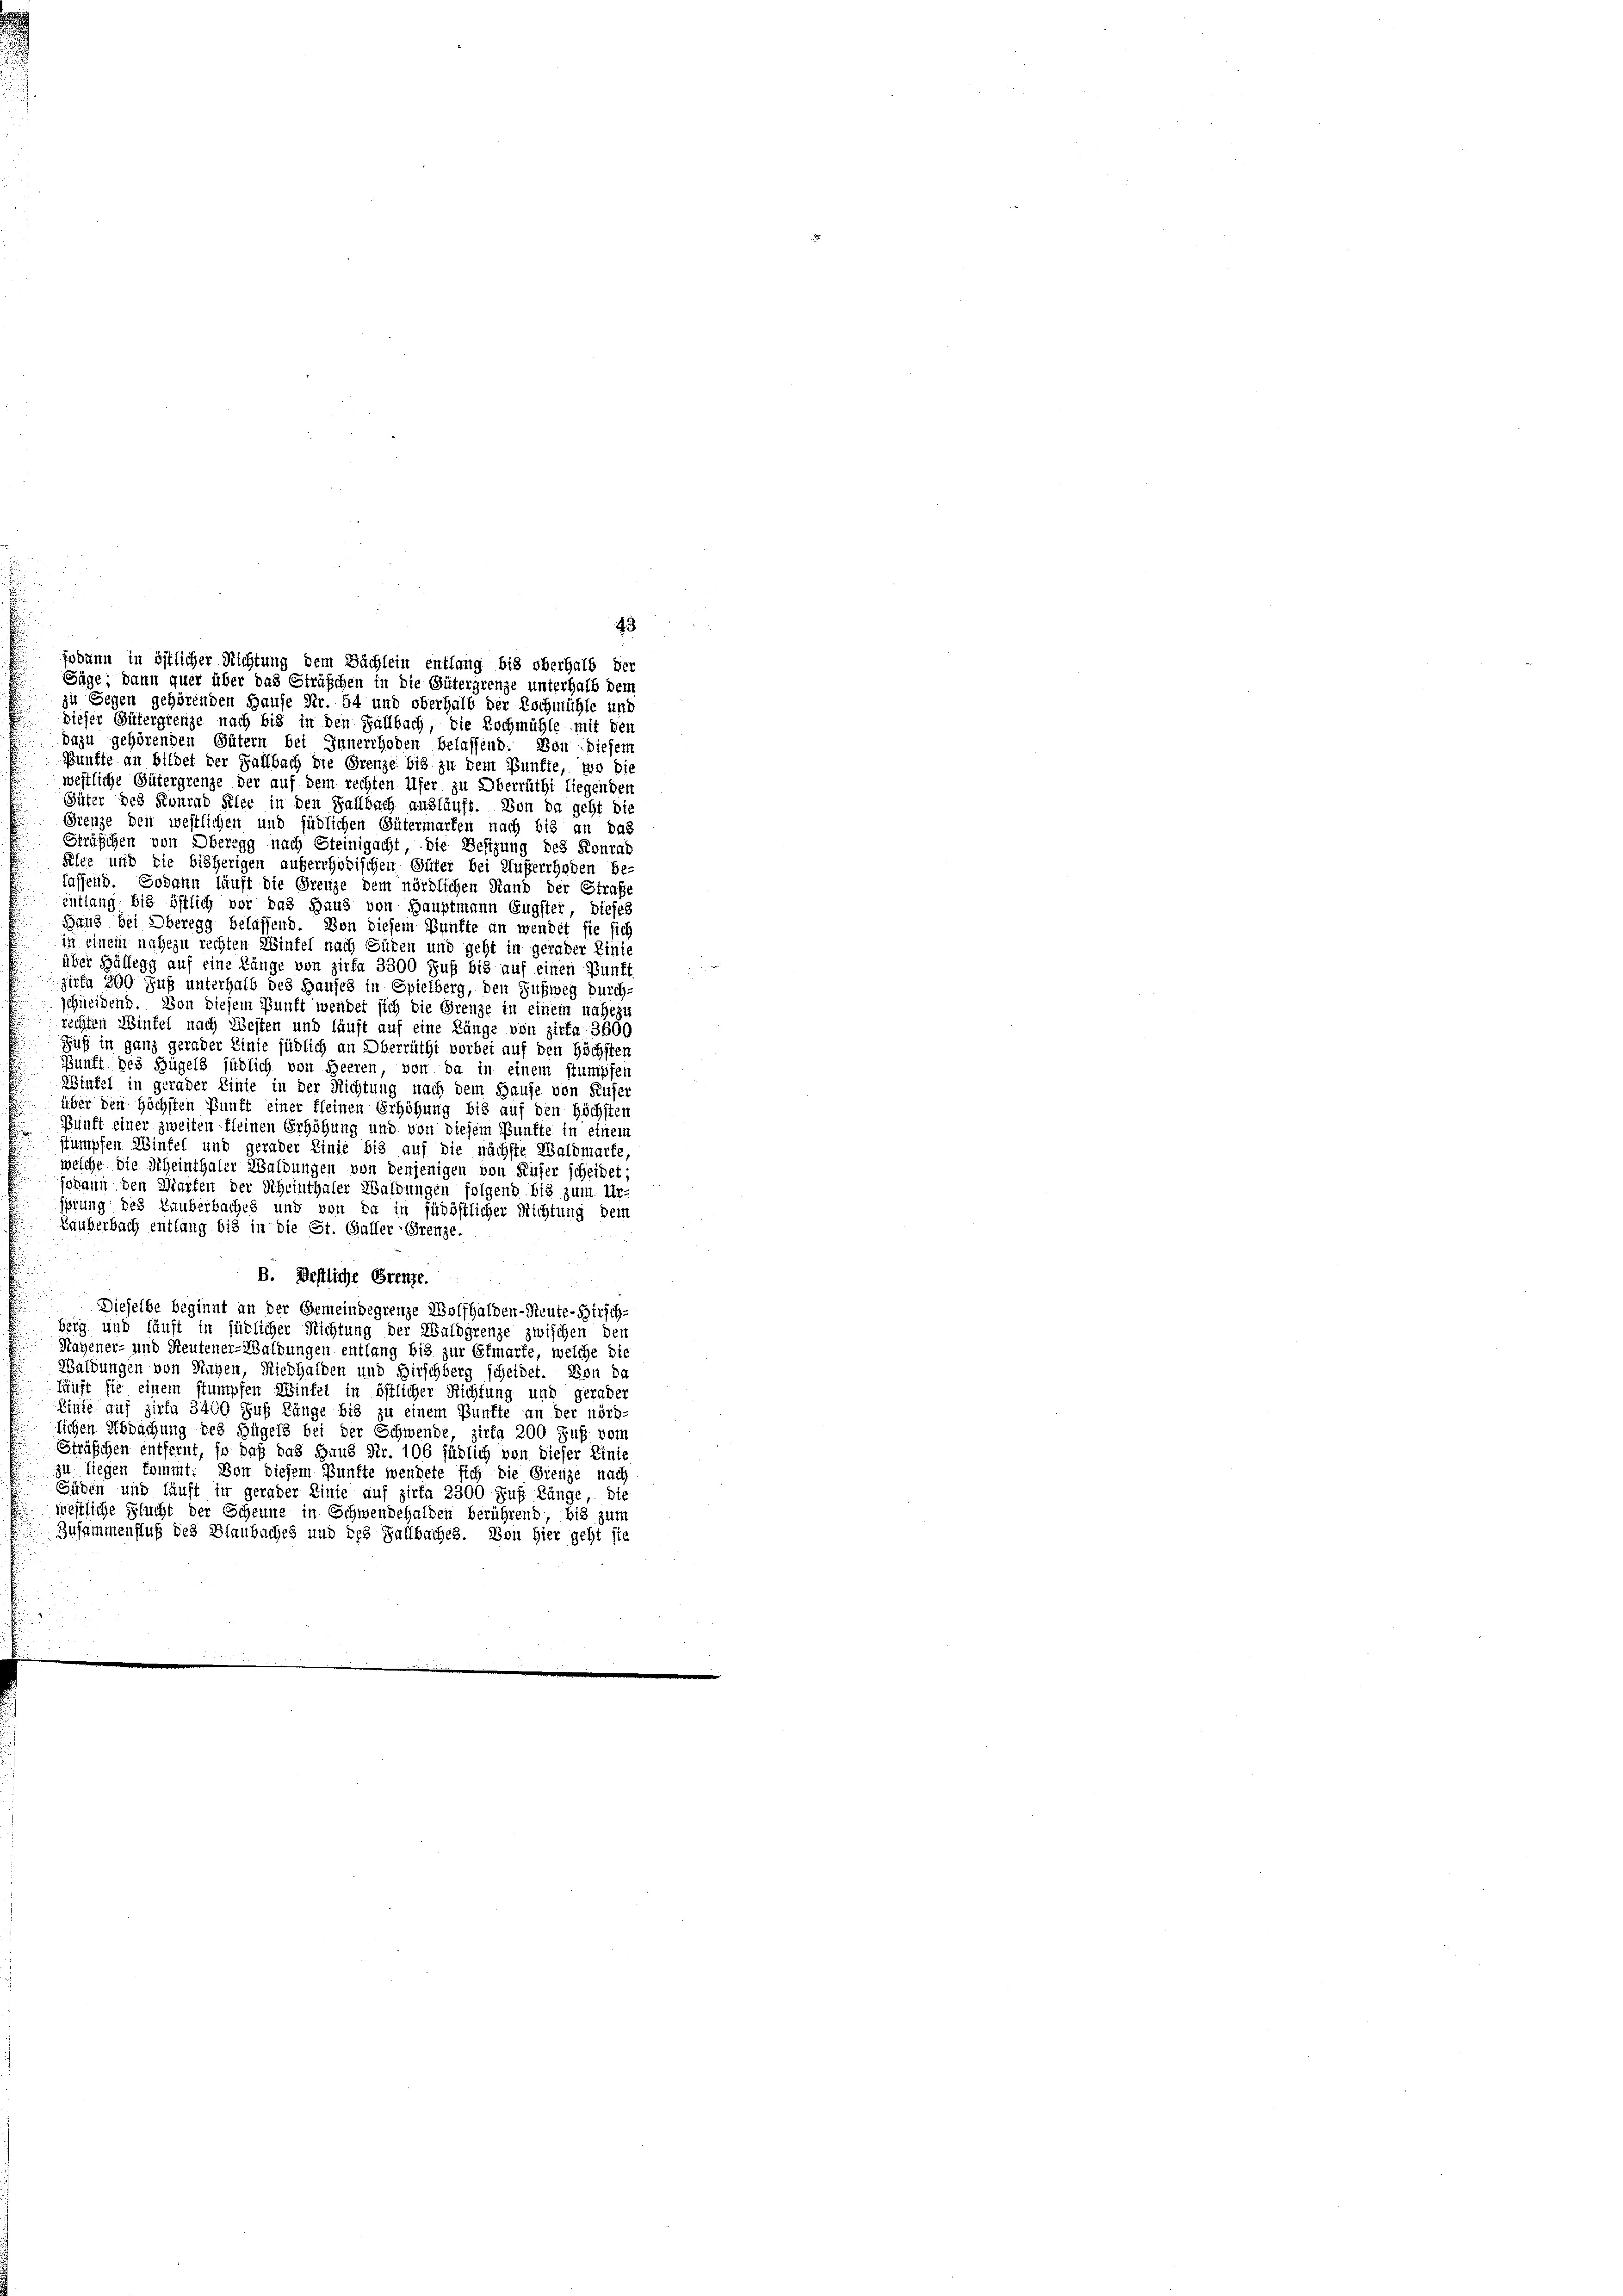
zu Gegen gehörenden Hause Nr. 54 und oberhalb der Eschmühle und
dieser Gütergrenze nach bis in den Fallbach, die Hochmühle mit den
dazu gehörenden Gütern bei Innerrhoden Belassend. Von Diesem
Bünfte an bildet der Fallbach die Grenze bis zu dem Bunfte, wo die
westliche Gütergrenze der auf dem rechten Ufer zu Oberräthi liegenden
Güter des Konrad Felle in den Fallbach ausläuft. Von da geht die
Grenze den westlichen und südlichen Gütermarken nach bis an das
Sträßchen von Oberegg nach Steinigacht, die Besizung des Konrad
Felce und die bisherigen auferrhodischen Güter bei Auferrhoden be-
lassend. Sodann läuft die Grenze dem nördlichen Hand der Straße
entlang bis östlich vor das Haus von Hauptmann Eugstei, dieses
Band bei Oberegg belassend. Von diesem Bunfte an wendet sie sich
in einem nahezu rechten Winfel nach Süden und geht in gerader Linie
über Hüllegg auf eine Länge von Zirka 3300 Fuß bis auf einen Zunft
zirfa 800 Fuß unterhalb des Hauses in Spielberg, den Zufweg durch-
schneidend. Von diesem Punft wendet sich die Grenze in einem nahezu
rechten Wintel nach Westen und läuft auf eine Länge von zirfa- 3600
Suß in ganz gerader Linie südlich an Oberrüti vorbei auf den Höchsten
Punft des Hügels südlich von Heeren, von da in einem stumpfen
Wintel in gerader Linie in der Richtung nach dem Hause von Rufer
über den höchsten Punft einer kleinen Erhöhung bis auf den Höchsten
Bunft einer zweiten fleinen Erhöhung und von diesem Punkte in einem
stumpfen Wintel und gerader Linie bis auf die nächste Waldmarte,
welche die Scheinthaler Waldungen von denjenigen von Küfer scheidet;
Johann den Marten der Scheinthaler Waldungen folgend bis zum Ur-
jprung des Rauberbaches und von da in südöstlicher Richtung dem
Lauberbach entlang bis in die St. Galler-Grenze.
B. Destliche Grenze.
Dieselbe beginnt an der Gemeindegrenze Wolfhalden-Reute-Birsch-
berg und läuft in südlicher Richtung der Waldgrenze zwischen den
Hagener- und Heutener-Waldungen entlang bis zur Ermarke, welche die
Waldungen von Hugen, Riedhalden und Hirschberg scheidet. Von da
fuft sie einem stumpfen Winfel in östlicher Richtung und gerader
Linie auf girfa 3400 Fuß Länge bis zu einem Bunfte an der nörd-
lichen Abdachung des Hügels bei der Schwende, zirka 200 Fuß vom
Sträßchen entfernt, so daß das Haus Nr. 106 südlich von dieser Einte
zu liegen kommt. Von diesem Punkte wendete sich die Grenze nach
Güben und läuft in gerader Linie auf zirta 2300 Fuß Länge, die
westliche Flucht der Scheune in Schwendehalden berührend, bis zum
Zusammenfluß des Blaubaches und des Fallbaches. Von hier geht sie

43
jodann in östlicher Richtung dem Sachlein entlang bis oberhalb der
Fäge; dann quer über das Sträßchen in die Gütergrenze unterhalb dem